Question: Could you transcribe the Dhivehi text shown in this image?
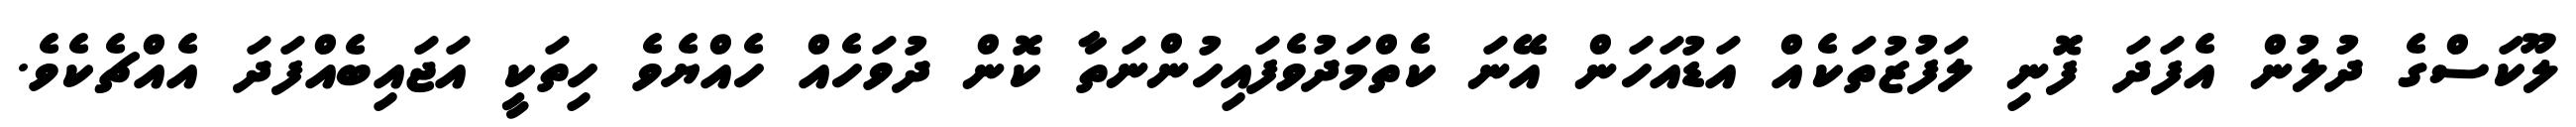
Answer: ލޫކަސްގެ ދުލުން އެފަދަ ފޮނި ލަފުޒުތަކެއް އަޑުއަހަން އޭނަ ކެތްމަދުވެފައިހުންނަތާ ކޮން ދުވަހެއް ހެއްޔެވެ ހިތަކީ އަޖައިބެއްފަދަ އެއްޗެކެވެ.